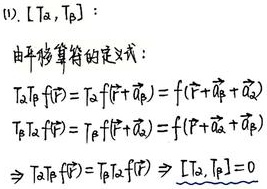
(1). \([\hat{T}_{\alpha},\hat{T}_{\beta}]\)：由平移算符的定义式：
\(\hat{T}_{\alpha}\hat{T}_{\beta}f(\vec{r}) = \hat{T}_{\alpha}f(\vec{r} + \vec{\alpha}_{\beta}) = f(\vec{r} + \vec{\alpha}_{\beta}+ \vec{\alpha}_{\alpha})\)
\(\hat{T}_{\beta}\hat{T}_{\alpha}f(\vec{r}) = \hat{T}_{\beta}f(\vec{r} + \vec{\alpha}_{\alpha}) = f(\vec{r} + \vec{\alpha}_{\alpha}+ \vec{\alpha}_{\beta})\)
\(\Rightarrow\hat{T}_{\alpha}\hat{T}_{\beta}f(\vec{r}) = \hat{T}_{\beta}\hat{T}_{\alpha}f(\vec{r}) \Rightarrow [\hat{T}_{\alpha},\hat{T}_{\beta}]=0\)